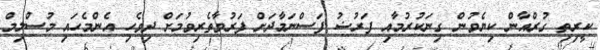
ކީރިތި ގުރްއާން ކިޔެވުން ގިނަކުރުމާއި ފަރުޟު ފަސްނަމާދަށް ފަރުވާތެރިވުމަށް ދިވެހި އެންމެހައި މުސްލިމް